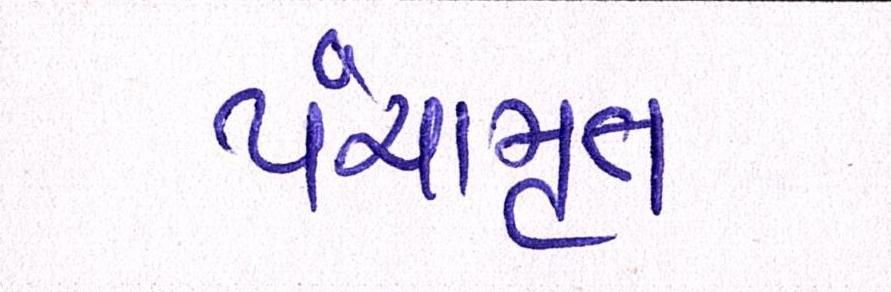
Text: પંચામૃત